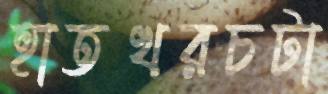
হাতখরচটা